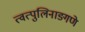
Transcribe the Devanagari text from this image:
त्वत्पुलिनाङ्गणे